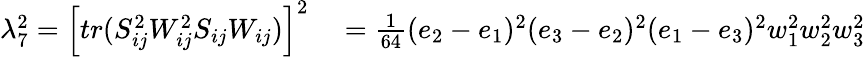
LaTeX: \begin{array}{rl}{\lambda_{7}^{2}=\left[tr(S_{ij}^{2}W_{ij}^{2}S_{ij}W_{ij})\right]^{2}}&{{}=\frac{1}{64}(e_{2}-e_{1})^{2}(e_{3}-e_{2})^{2}(e_{1}-e_{3})^{2}w_{1}^{2}w_{2}^{2}w_{3}^{2}}\end{array}